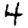
Digit: 4